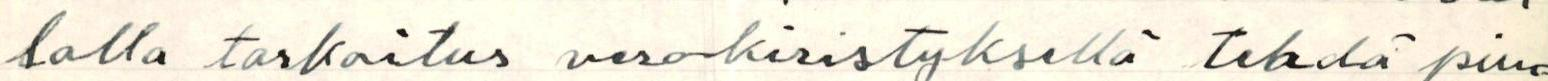
lalla tarkoitus veronkiristyksellä tehdä pien-